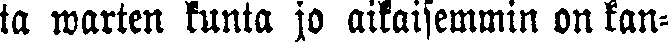
ta warten kunta jo aikaisemmin on kan-